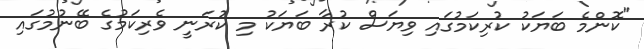
"ކޮންމެ ބަޔަކު ކުރިކަމުގައި ވިޔަސް ކުރާ ބަޔަކު މި ކުރަނީ ވެރިކަމުގެ ބޭނުމުގައި